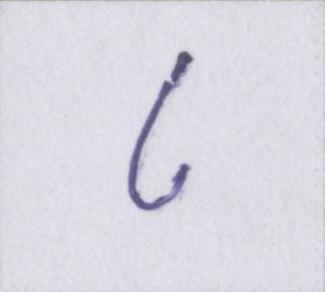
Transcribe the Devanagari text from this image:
८